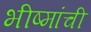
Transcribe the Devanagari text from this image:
भीष्मांची